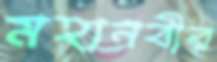
মহানবীর